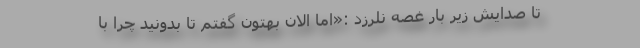
تا صدایش زیر بار غصه نلرزد :«اما الان بهتون گفتم تا بدونید چرا با